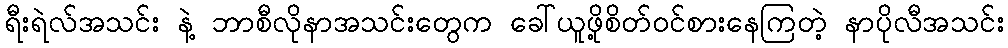
ရီးရဲလ်အသင်း နဲ့ ဘာစီလိုနာအသင်းတွေက ခေါ်ယူဖို့စိတ်ဝင်စားနေကြတဲ့ နာပိုလီအသင်း